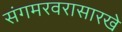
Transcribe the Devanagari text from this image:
संगमरवरासारखे